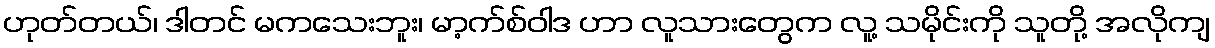
ဟုတ်တယ်၊ ဒါတင် မကသေးဘူး၊ မာ့က်စ်ဝါဒ ဟာ လူသားတွေက လူ့ သမိုင်းကို သူတို့ အလိုကျ